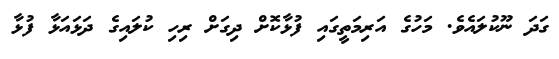
ގަދަ ނޫކުލައެވެ. މަހުގެ އަރިމަތީގައި ފުޅާކޮށް ދިގަށް ރިހި ކުލައިގެ ދަޅައަޅާ ފުޅާ